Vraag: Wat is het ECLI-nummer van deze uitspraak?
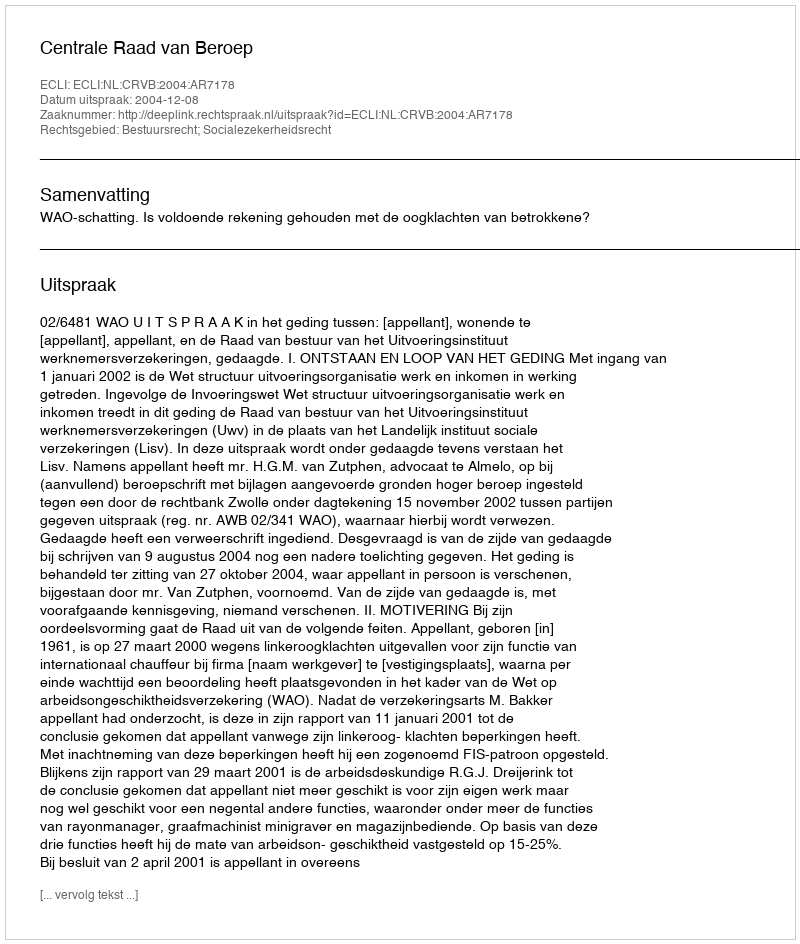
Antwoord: ECLI:NL:CRVB:2004:AR7178